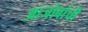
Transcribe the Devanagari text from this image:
आजोबांची